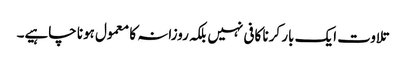
تلاوت ایک بار کرنا کافی نہیں بلکہ روزانہ کا معمول ہونا چاہیے۔